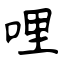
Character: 哩